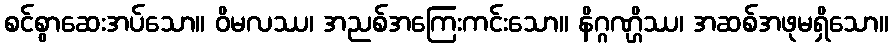
စင်စွာဆေးအပ်သော။ ဝိမလဿ၊ အညစ်အကြေးကင်းသော။ နိဂ္ဂဏ္ဌိဿ၊ အဆစ်အဖုမရှိသော။